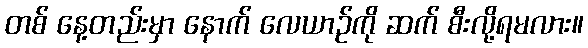
တစ် နေ့တည်းမှာ နောက် လေယာဉ်ကို ဆက် စီးလို့ရမလား။